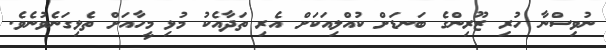
ނުވިސްނާ ހުރި ޒޫރިންގެ ބަނޑަށް ކުއްލިއަކަށް އެރި ތަދާއެކު މުޅި މީހާއަށް ތެޅިގަނެވުނެވެ.